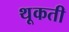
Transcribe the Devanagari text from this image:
थूकती